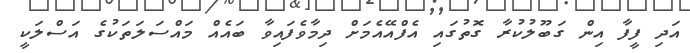
އަދި ފީފާ އިން ގަބޫލުކުރާ ގޮތުގައި އެފްއޭއެމަށް ދިމާވެފައިވާ ބައެއް މައްސަލަތަކުގެ އަސްލަކީ